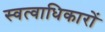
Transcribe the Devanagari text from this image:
स्वत्वाधिकारों